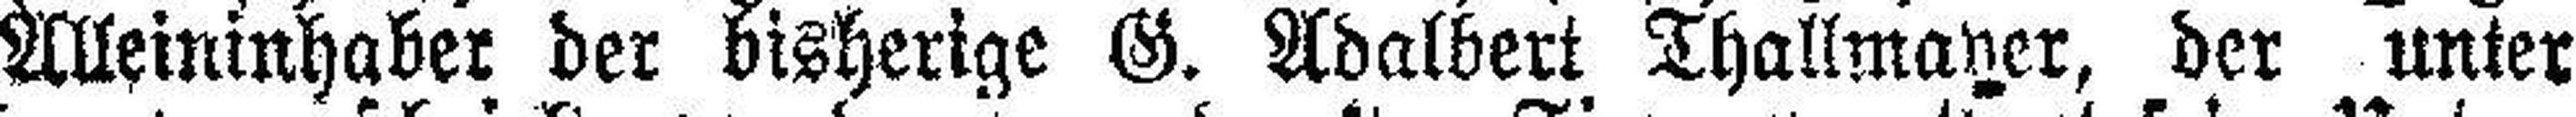
Alleininhaber der bisherige G. Adalbert Thallmayer, der unter